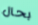
بحال